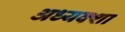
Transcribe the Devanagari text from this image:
अध्यक्शा